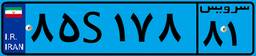
۸۵S۱۷۸۸۱